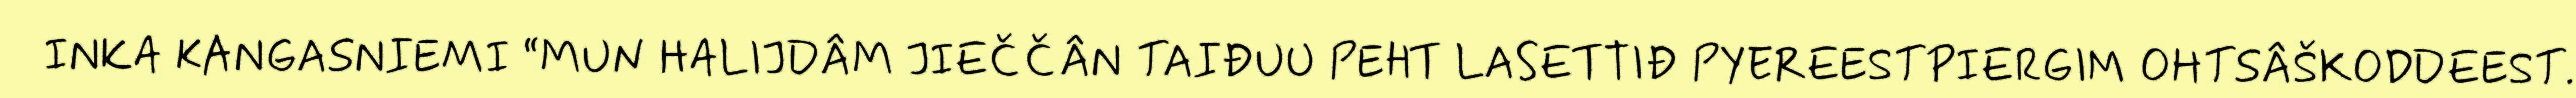
INKA KANGASNIEMI “MUN HALIJDÂM JIEČČÂN TAIĐUU PEHT LASETTIĐ PYEREESTPIERGIM OHTSÂŠKODDEEST.